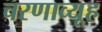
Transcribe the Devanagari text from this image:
चरणाव्यूह